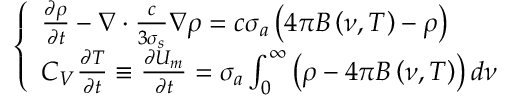
\left\{ \begin{array} { l } { { \frac { \partial \rho } { \partial t } - \nabla \cdot \frac { c } { 3 \sigma _ { s } } \nabla \rho = c \sigma _ { a } \left( 4 \pi B \left( \nu , T \right) - \rho \right) } } \\ { { C _ { V } \frac { \partial T } { \partial t } \equiv \frac { \partial U _ { m } } { \partial t } = \sigma _ { a } \int _ { 0 } ^ { \infty } \left( \rho - 4 \pi B \left( \nu , T \right) \right) d \nu } } \end{array} \right.